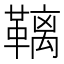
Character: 𮧩